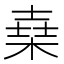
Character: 𣕫